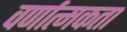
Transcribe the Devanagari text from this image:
वर्णात्मकता